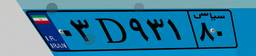
۰۳D۹۳۱۸۰